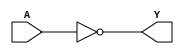
//Verilog HDL for "sram_logic", "INVC" "functional"


module INVD ( Y, A );

  input A;
  output Y;

 assign Y = ~A;
endmodule